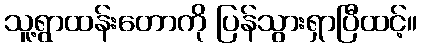
သူ့ရွာထန်းတောကို ပြန်သွားရှာပြီထင့်။